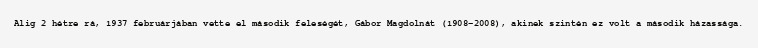
Alig 2 hétre rá, 1937 februárjában vette el második feleségét, Gábor Magdolnát (1908–2008), akinek szintén ez volt a második házassága.